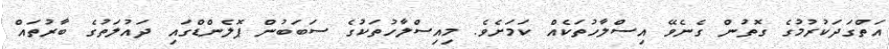
އަތްގަދަކުރުމުގެ ގޮތުން ގެނެވޭ އިސްލާހުތަކެއް ކަމަށެވެ. މިއިސްލާހުތަކުގެ ސަބަބުން ޕޮލެންޑްގައި ދައުލަތުގެ ބާރުތައް